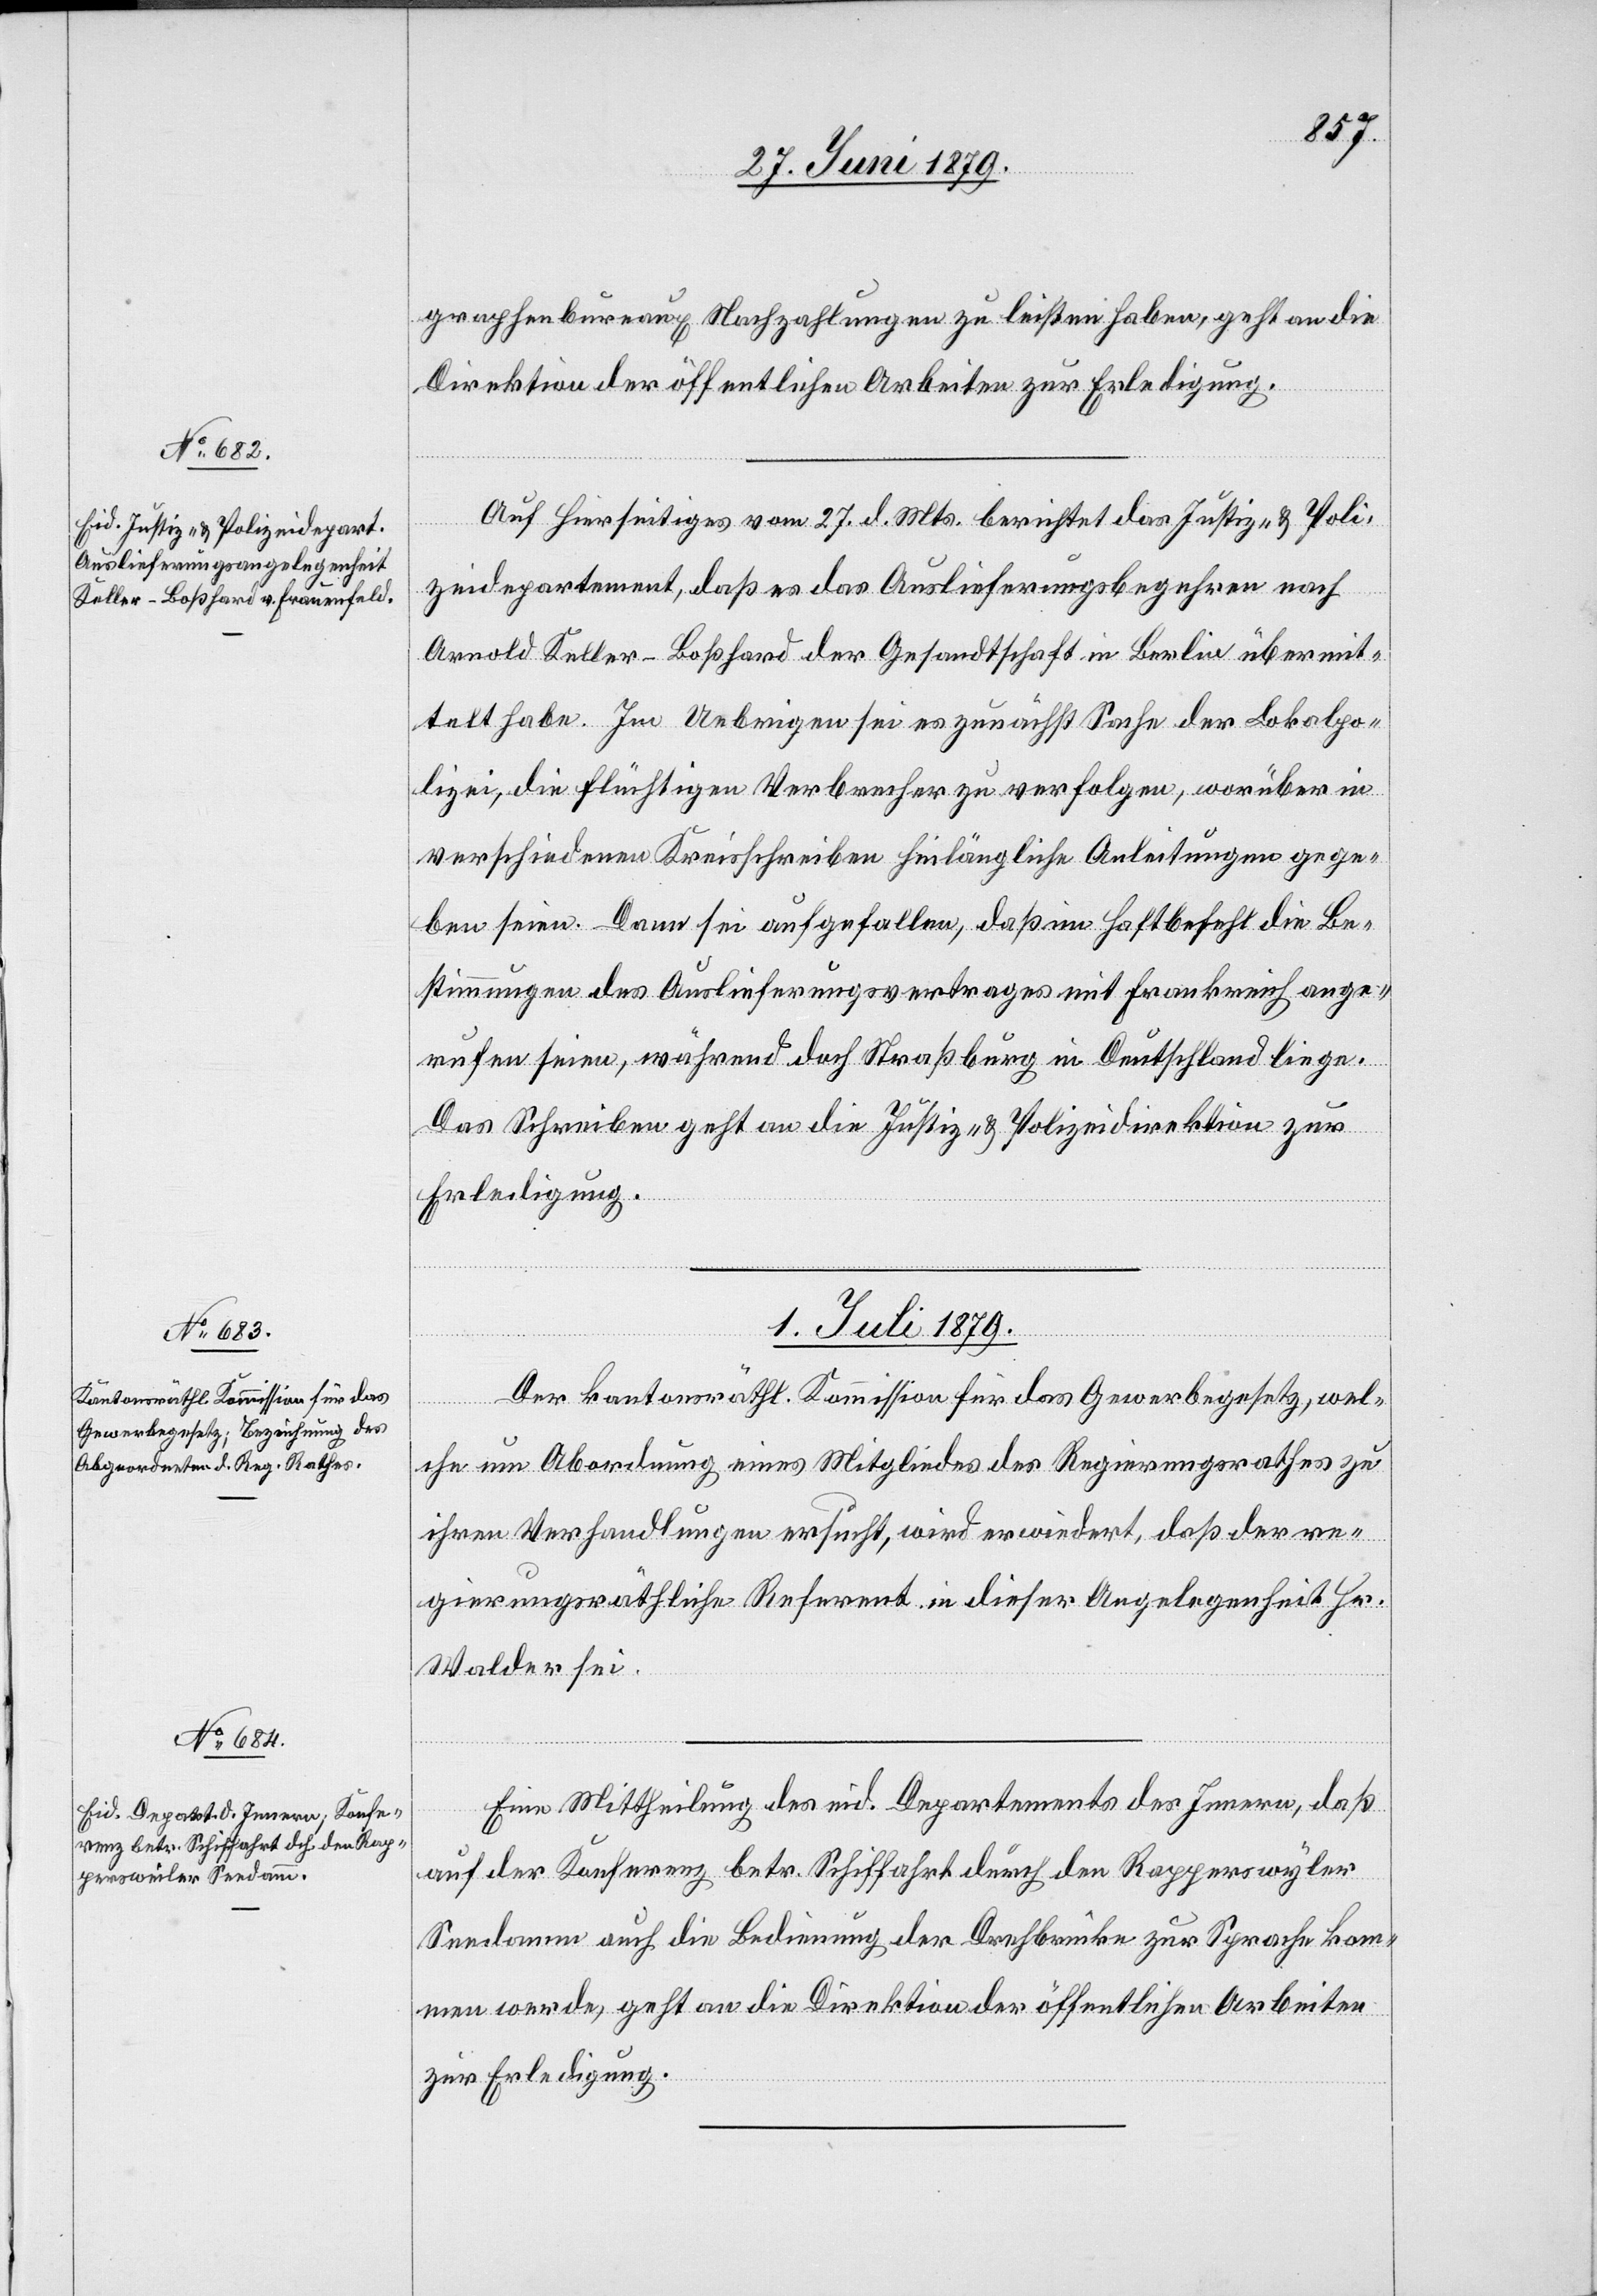
30. Juni 1879.]
graphenbureaux Nachzahlungen zu leisten haben, geht an die
Direktion der öffentlichen Arbeiten zur Erledigung.
Auf Hierseitiges vom 27. d. Mts. berichtet das Justiz- & Poli¬
zeidepartement, daß es das Auslieferungsbegehren nach
Arnold Keller-Boßhard der Gesandtschaft in Berlin übermit¬
telt habe. Im Uebrigen sei es zunächst Sache der Lokalpo¬
lizei, die flüchtigen Verbrecher zu verfolgen, worüber in
verschiedenen Kreisschreiben hinlängliche Anleitungen gege¬
ben seien. Dann sei aufgefallen, daß im Haftbefehl die Be¬
stimmungen des Auslieferungsvertrages mit Frankreich ange¬
rufen seien, während doch Straßburg in Deutschland liege.
Das Schreiben geht an die Justiz- & Polizeidirektion zur
Erledigung.
1. Juli 1879.]
Der kantonsräthl. Kommission für das Gewerbegesetz, wel¬
che um Abordnung eines Mitgliedes des Regierungsrathes zu
ihren Verhandlungen ersucht, wird erwiedert, daß der re¬
gierungsräthliche Referent in dieser Angelegenheit Hr.
Walder sei.
Eine Mittheilung des eid. Departement des Innern, daß
auf der Konferenz betr. Schiffahrt durch den Rapperswyler
Seedamm auch die Bedienung der Drehbrücke zur Sprache kom¬
men werde, geht an die Direktion der öffentlichen Arbeiten
zur Erledigung.